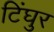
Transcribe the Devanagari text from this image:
टिंघुर